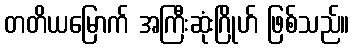
တတိယမြောက် အကြီးဆုံးဂြိုဟ် ဖြစ်သည်။